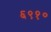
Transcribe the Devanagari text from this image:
६९१०